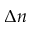
\Delta n